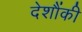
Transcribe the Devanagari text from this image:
देशौंकी